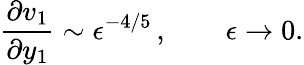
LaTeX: \frac{\partial v_{1}}{\partial y_{1}}\sim\epsilon^{-4/5}\, ,\qquad\epsilon\to 0.